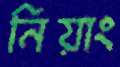
নিয়াং